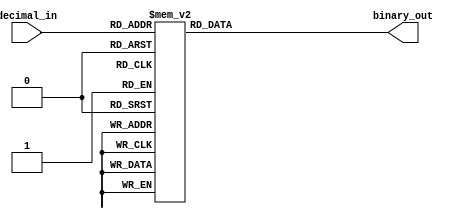
module DecimalToBinaryEncoder (
    input [3:0] decimal_in,   // 4-bit input representing decimal digits (0-9)
    output reg [3:0] binary_out // 4-bit output representing binary equivalent
);

// Combinational logic to convert decimal input to binary output
always @* begin
    case (decimal_in)
        4'b0000: binary_out = 4'b0000; // 0
        4'b0001: binary_out = 4'b0001; // 1
        4'b0010: binary_out = 4'b0010; // 2
        4'b0011: binary_out = 4'b0011; // 3
        4'b0100: binary_out = 4'b0100; // 4
        4'b0101: binary_out = 4'b0101; // 5
        4'b0110: binary_out = 4'b0110; // 6
        4'b0111: binary_out = 4'b0111; // 7
        4'b1000: binary_out = 4'b1000; // 8
        4'b1001: binary_out = 4'b1001; // 9
        default: binary_out = 4'b0000;  // Invalid input (10-15), output 0000
    endcase
end

endmodule